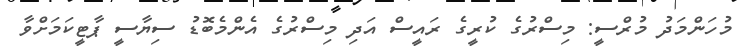
މުހަންމަދު މުރްސީ: މިސްރުގެ ކުރީގެ ރައީސް އަދި މިސްރުގެ އެންމެބޮޑު ސިޔާސީ ޕާޓީކަމަށްވާ